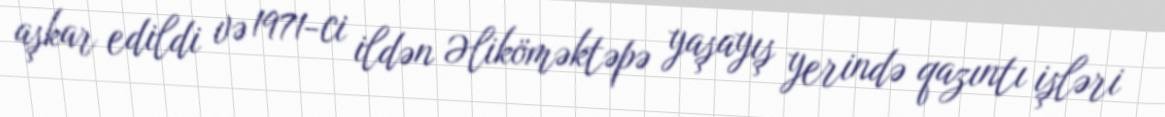
aşkar edildi və 1971-ci ildən Əliköməktəpə yaşayış yerində qazıntı işləri